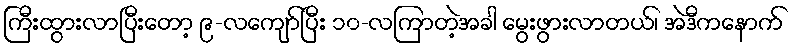
ကြီးထွားလာပြီးတော့ ၉-လကျော်ပြီး ၁၀-လကြာတဲ့အခါ မွေးဖွားလာတယ်၊ အဲဒီကနောက်